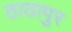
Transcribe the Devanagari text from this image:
ठाठापुर